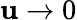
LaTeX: \mathbf{u}\to 0